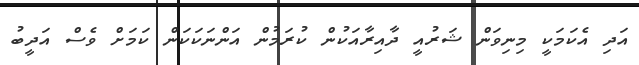
އަދި އެކަމަކީ މިނިވަން ޝަރުއީ ދާއިރާއަކުން ކުރަމުން އަންނަކަކަން ކަމަށް ވެސް އަދީބު